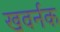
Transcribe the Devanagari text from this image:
खवर्नक